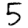
Digit: 5